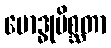
ဗောဒ္ဓုမိစ္ဆတာ